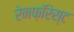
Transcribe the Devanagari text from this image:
रेनफ़ॉरेस्ट